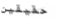
حقيقين